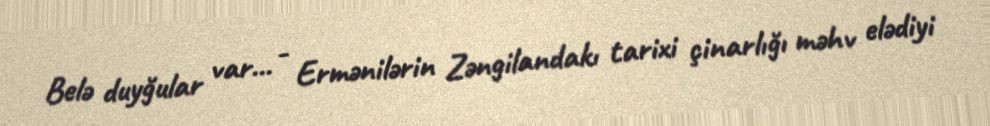
Belə duyğular var... - Ermənilərin Zəngilandakı tarixi çinarlığı məhv elədiyi